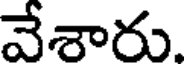
వేశారు.